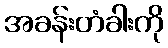
အခန်းတံခါးကို